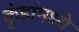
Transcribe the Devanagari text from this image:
कुंडांमध्ये